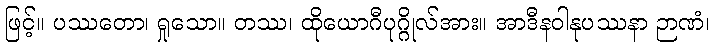
ဖြင့်။ ပဿတော၊ ရှုသော။ တဿ၊ ထိုယောဂီပုဂ္ဂိုလ်အား။ အာဒီနဝါနုပဿနာ ဉာဏံ၊